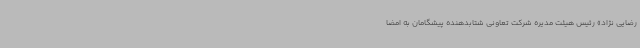
رضایی نژاد» رئیس هیئت مدیره شرکت تعاونی شتابدهنده پیشگامان به امضا